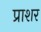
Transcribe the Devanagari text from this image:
प्राशर